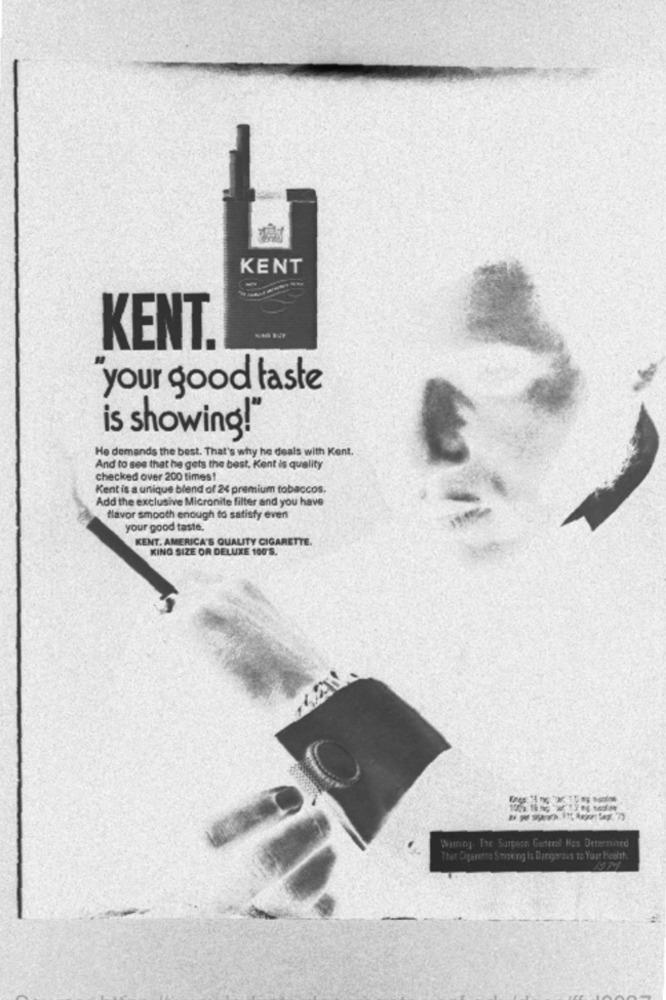
KENT
KENT.
your good taste
is showing!
He demands the best. That's why he deals with Kent.
And to see that he gets the best, Kent is quality
checked over 200 times!
Kent is a unique blend of 24 premium tobaccos.
Add the exclusive Micronite filter and you have
flavor smooth enough to satisfy even
your good taste.
KENT. AMERICA'S QUALITY CIGARETTE.
KING SIZE OR DELUXE 100'S.
Waring The Surgeon General Has Determined
Thet Cigarette Stigeng Is Dargerais to Your Health